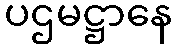
ပဌမဋ္ဌာနေ